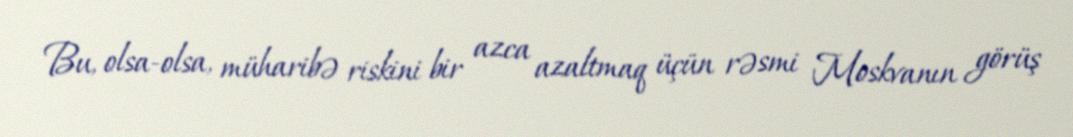
Bu, olsa-olsa, müharibə riskini bir azca azaltmaq üçün rəsmi Moskvanın görüş